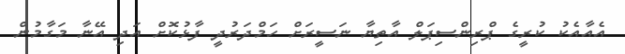
އެއާއެކު ކުރީގެ ޕްރިންސިޕަލް އާތިޔާ ނަސީރަށް ހަމްދަރުދީ ފާޅުކޮށް އަދި އޭނާ މަގާމުން